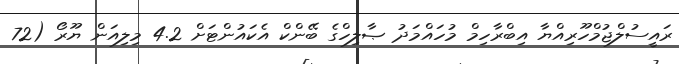
ރައީސުލްޖުމްހޫރިއްޔާ އިބްރާހިމް މުހައްމަދު ޞާލިހްގެ ބޭންކް އެކައުންޓަށް 4.2 މިލިއަން ޔޫރޯ (72